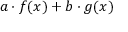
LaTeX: a \cdot f ( x ) + b \cdot g ( x )